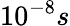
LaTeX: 10^{-8}s